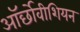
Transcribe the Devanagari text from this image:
ऑर्छोवीशियन